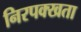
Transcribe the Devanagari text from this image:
निरपक्खता